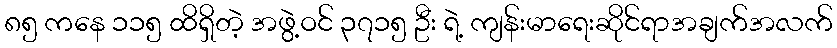
၈၅ ကနေ ၁၁၅ ထိရှိတဲ့ အဖွဲ့ဝင် ၃၇၁၅ ဦး ရဲ့ ကျန်းမာရေးဆိုင်ရာအချက်အလက်